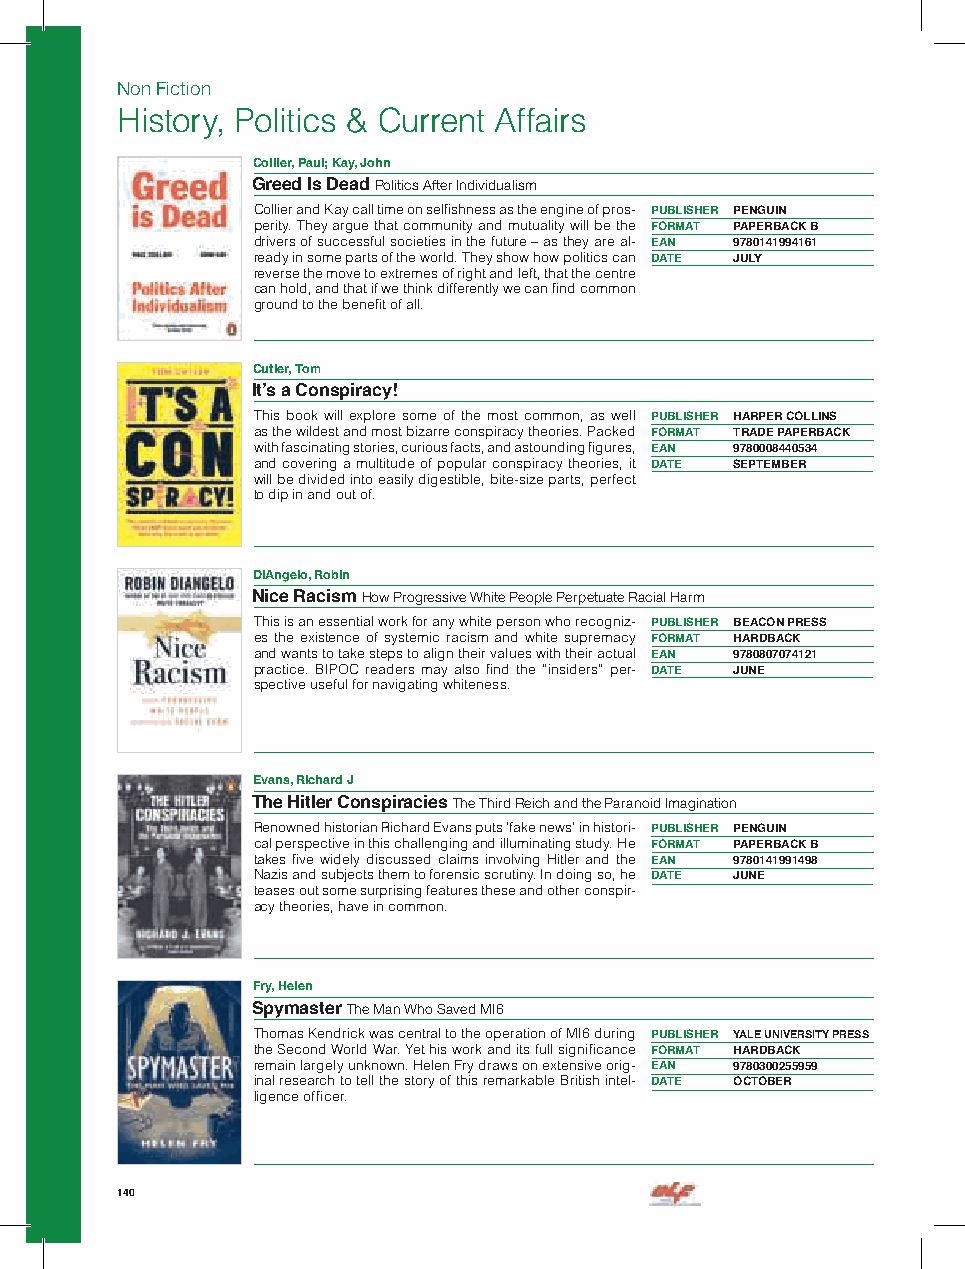
Non Fiction
 History, Politics & Current Affairs
 Collier, Paul; Kay, John
 Greed Is Dead Politics After Individualism
 Collier and Kay call time on selfishness as the engine of pros- PUBLISHER PENGUIN
 perity. They argue that community and mutuality will be the FORMAT PAPERBACK B
 drivers of successful societies in the future – as they are al- EAN 9780141994161
 ready in some parts of the world. They show how politics can DATE JULY
 reverse the move to extremes of right and left, that the centre
 can hold, and that if we think differently we can find common
 ground to the benefit of all.
 Cutler, Tom
 It’s a Conspiracy!
 This book will explore some of the most common, as well PUBLISHER HARPER COLLINS
 as the wildest and most bizarre conspiracy theories. Packed FORMAT TRADE PAPERBACK
 with fascinating stories, curious facts, and astounding figures, EAN 9780008440534
 and covering a multitude of popular conspiracy theories, it DATE SEPTEMBER
 will be divided into easily digestible, bite-size parts, perfect
 to dip in and out of.
 DiAngelo, Robin
 Nice Racism How Progressive White People Perpetuate Racial Harm
 This is an essential work for any white person who recogniz- PUBLISHER BEACON PRESS
 es the existence of systemic racism and white supremacy FORMAT HARDBACK
 and wants to take steps to align their values with their actual EAN 9780807074121
 practice. BIPOC readers may also find the “insiders” per- DATE JUNE
 spective useful for navigating whiteness.
 Evans, Richard J
 The Hitler Conspiracies The Third Reich and the Paranoid Imagination
 Renowned historian Richard Evans puts ’fake news’ in histori- PUBLISHER PENGUIN
 cal perspective in this challenging and illuminating study. He FORMAT PAPERBACK B
 takes five widely discussed claims involving Hitler and the EAN 9780141991498
 Nazis and subjects them to forensic scrutiny. In doing so, he DATE JUNE
 teases out some surprising features these and other conspir-
 acy theories, have in common.
 Fry, Helen
 Spymaster The Man Who Saved MI6
 Thomas Kendrick was central to the operation of MI6 during PUBLISHER YALE UNIVERSITY PRESS
 the Second World War. Yet his work and its full significance FORMAT HARDBACK
 remain largely unknown. Helen Fry draws on extensive orig- EAN 9780300255959
 inal research to tell the story of this remarkable British intel- DATE OCTOBER
 ligence officer.
 140